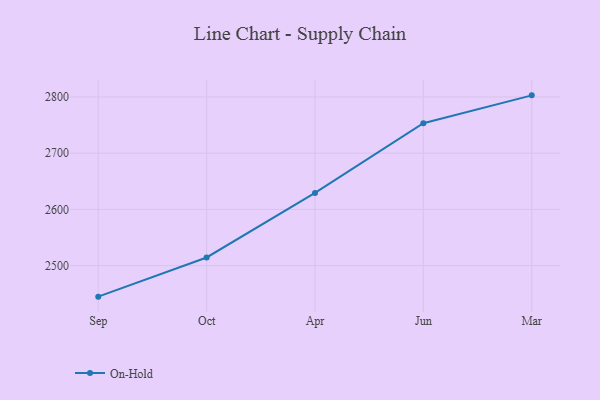
{"axis": {"x": "Month", "y": "Population (Million)"}, "legend": ["On-Hold"], "data": [{"x": "Sep", "y": 2444.8, "type": "On-Hold"}, {"x": "Oct", "y": 2514.5, "type": "On-Hold"}, {"x": "Apr", "y": 2629.3, "type": "On-Hold"}, {"x": "Jun", "y": 2753.3, "type": "On-Hold"}, {"x": "Mar", "y": 2802.9, "type": "On-Hold"}]}